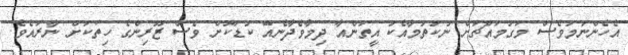
އެހެންނަމަވެސް މަގުމައްޗަށް ނުކުތުމާއެކު އީތަންއާ ދިމާވެދާނެއޭ ކުޑަކޮށް ވެސް ޒޫރިންގެ ހިތަކަށް ނާރައެވެ.